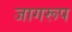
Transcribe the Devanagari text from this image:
जागरूप